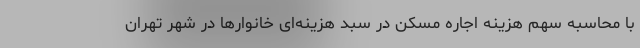
با محاسبه سهم هزینه اجاره مسکن در سبد هزینه‌ای خانوارها در شهر تهران